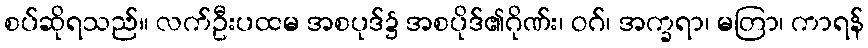
စပ်ဆိုရသည်။ လက်ဦးပထမ အစပုဒ်၌ အစပိုဒ်၏ဂိုဏ်း၊ ဝဂ်၊ အက္ခရာ၊ မတြာ၊ ကာရန်